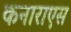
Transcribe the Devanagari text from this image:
कनाराएस